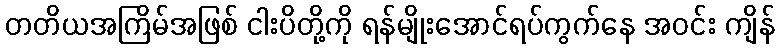
တတိယအကြိမ်အဖြစ် ငါးပိတို့ကို ရန်မျိုးအောင်ရပ်ကွက်နေ အဝင်း ကျိန်